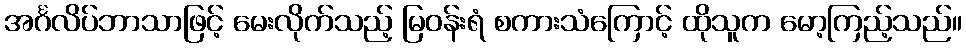
အင်္ဂလိပ်ဘာသာဖြင့် မေးလိုက်သည့် မြဝန်းရံ စကားသံကြောင့် ထိုသူက မော့ကြည့်သည်။